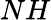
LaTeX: NH